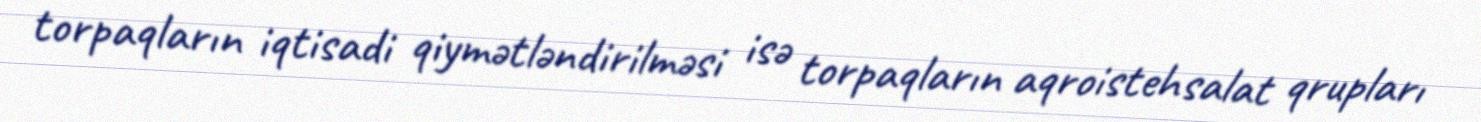
torpaqların iqtisadi qiymətləndirilməsi isə torpaqların aqroistehsalat qrupları